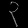
Digit: ၃